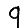
Digit: 9